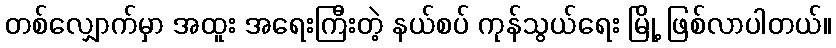
တစ်လျှောက်မှာ အထူး အရေးကြီးတဲ့ နယ်စပ် ကုန်သွယ်ရေး မြို့ ဖြစ်လာပါတယ်။